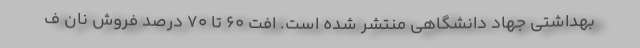
بهداشتی جهاد دانشگاهی منتشر شده است. افت ۶۰ تا ۷۰ درصد فروش نان ف